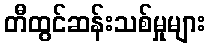
တီထွင်ဆန်းသစ်မှုများ